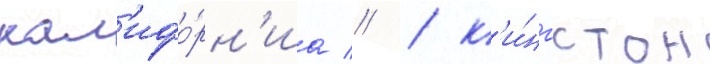
кал'ифо́рн'иа // / к'и́нгстон